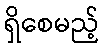
ရှိစေမည့်